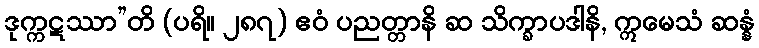
ဒုက္ကဋဿာ”တိ (ပရိ။ ၂၈၇) ဧဝံ ပညတ္တာနိ ဆ သိက္ခာပဒါနိ, ဣမေသံ ဆန္နံ